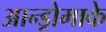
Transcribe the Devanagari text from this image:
आन्ड्रोमाके